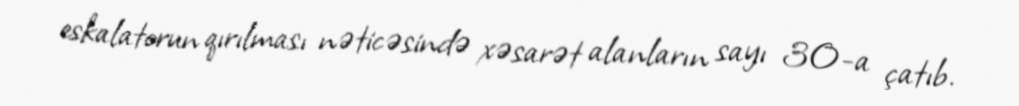
eskalatorun qırılması nəticəsində xəsarət alanların sayı 30-a çatıb.